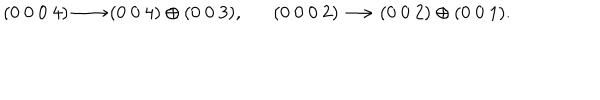
( 0 ~ 0 ~ 0 ~ 4 ) \longrightarrow ( 0 ~ 0 ~ 4 ) \oplus ( 0 ~ 0 ~ 3 ) , ~ ~ \, \, ( 0 ~ 0 ~ 0 ~ 2 ) \longrightarrow ( 0 ~ 0 ~ 2 ) \oplus ( 0 ~ 0 ~ 1 ) .